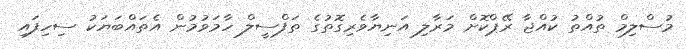
މުސްލިމް ތުއްތު ކުއްޖާ ރޭޕްކޮށް މަރާލި އަނިޔާވެރިގޮތުގެ ތަފްސީލް ހާމަވުމުން އެތައްބަޔަކު ސިހިފައި